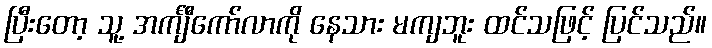
ပြီးတော့ သူ့ အင်္ကျီကော်လာကို နေသား မကျဘူး ထင်သဖြင့် ပြင်သည်။